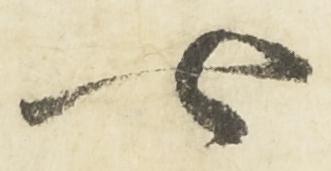
七